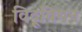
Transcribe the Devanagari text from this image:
विट्रूवियन